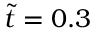
\tilde { t } = 0 . 3